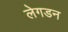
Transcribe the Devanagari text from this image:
लेगडन